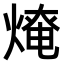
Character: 𤌥